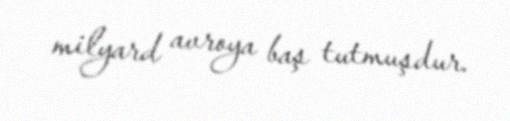
milyard avroya baş tutmuşdur.